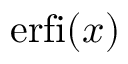
\operatorname { e r f i } ( x )